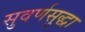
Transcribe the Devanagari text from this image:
सुवर्णसुद्धा